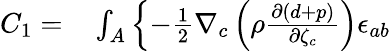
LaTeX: \begin{array}{rl}{C_{1}=}&{{}\int_{A}\left\{ -\frac{1}{2}\nabla_{c}\left(\rho\frac{\partial(d+p)}{\partial{\zeta}_{c}}\right)\epsilon_{ab}\right.}\end{array}